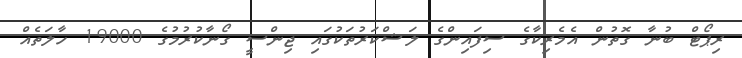
ރިޕޯޓް ބުނާ ގޮތުން އެމެރިކާގެ ސިފައިންގެ ލަޝްކަރުތަކުގައި ޖިންސީ ގޯނާކުރުމުގެ 19000 ހާލަތެއް